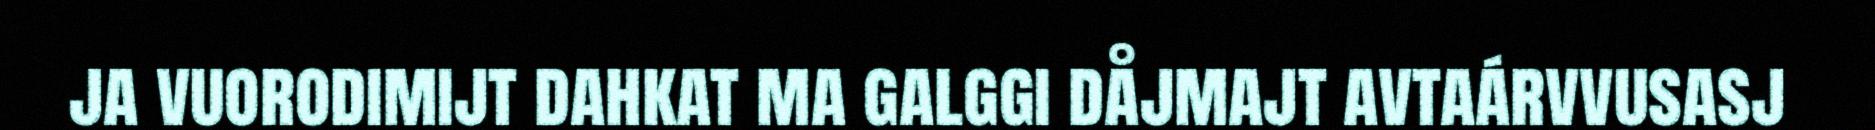
ja vuorodimijt dahkat ma galggi dåjmajt avtaárvvusasj